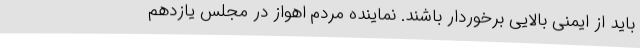
باید از ایمنی بالایی برخوردار باشند. نماینده مردم اهواز در مجلس یازدهم